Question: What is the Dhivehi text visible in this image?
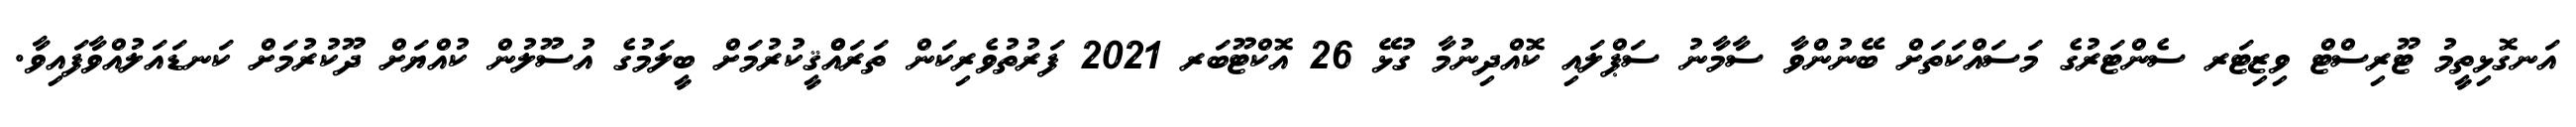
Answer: އަނގޮޅިތީމު ޓޫރިސްޓް ވިޒިޓަރ ސެންޓަރުގެ މަސައްކަތަށް ބޭނުންވާ ސާމާނު ސަޕްލައި ކޮއްދިނުމާ ގުޅޭ 26 އޮކްޓޫބަރ 2021 ފަރުތުވެރިކަން ތަރައްްޤީކުރުމަށް ބީލަމުގެ އުސޫލުން ކުއްޔަށް ދޫކުރުމަށް ކަނޑައަލުއްވާފައިވާ.